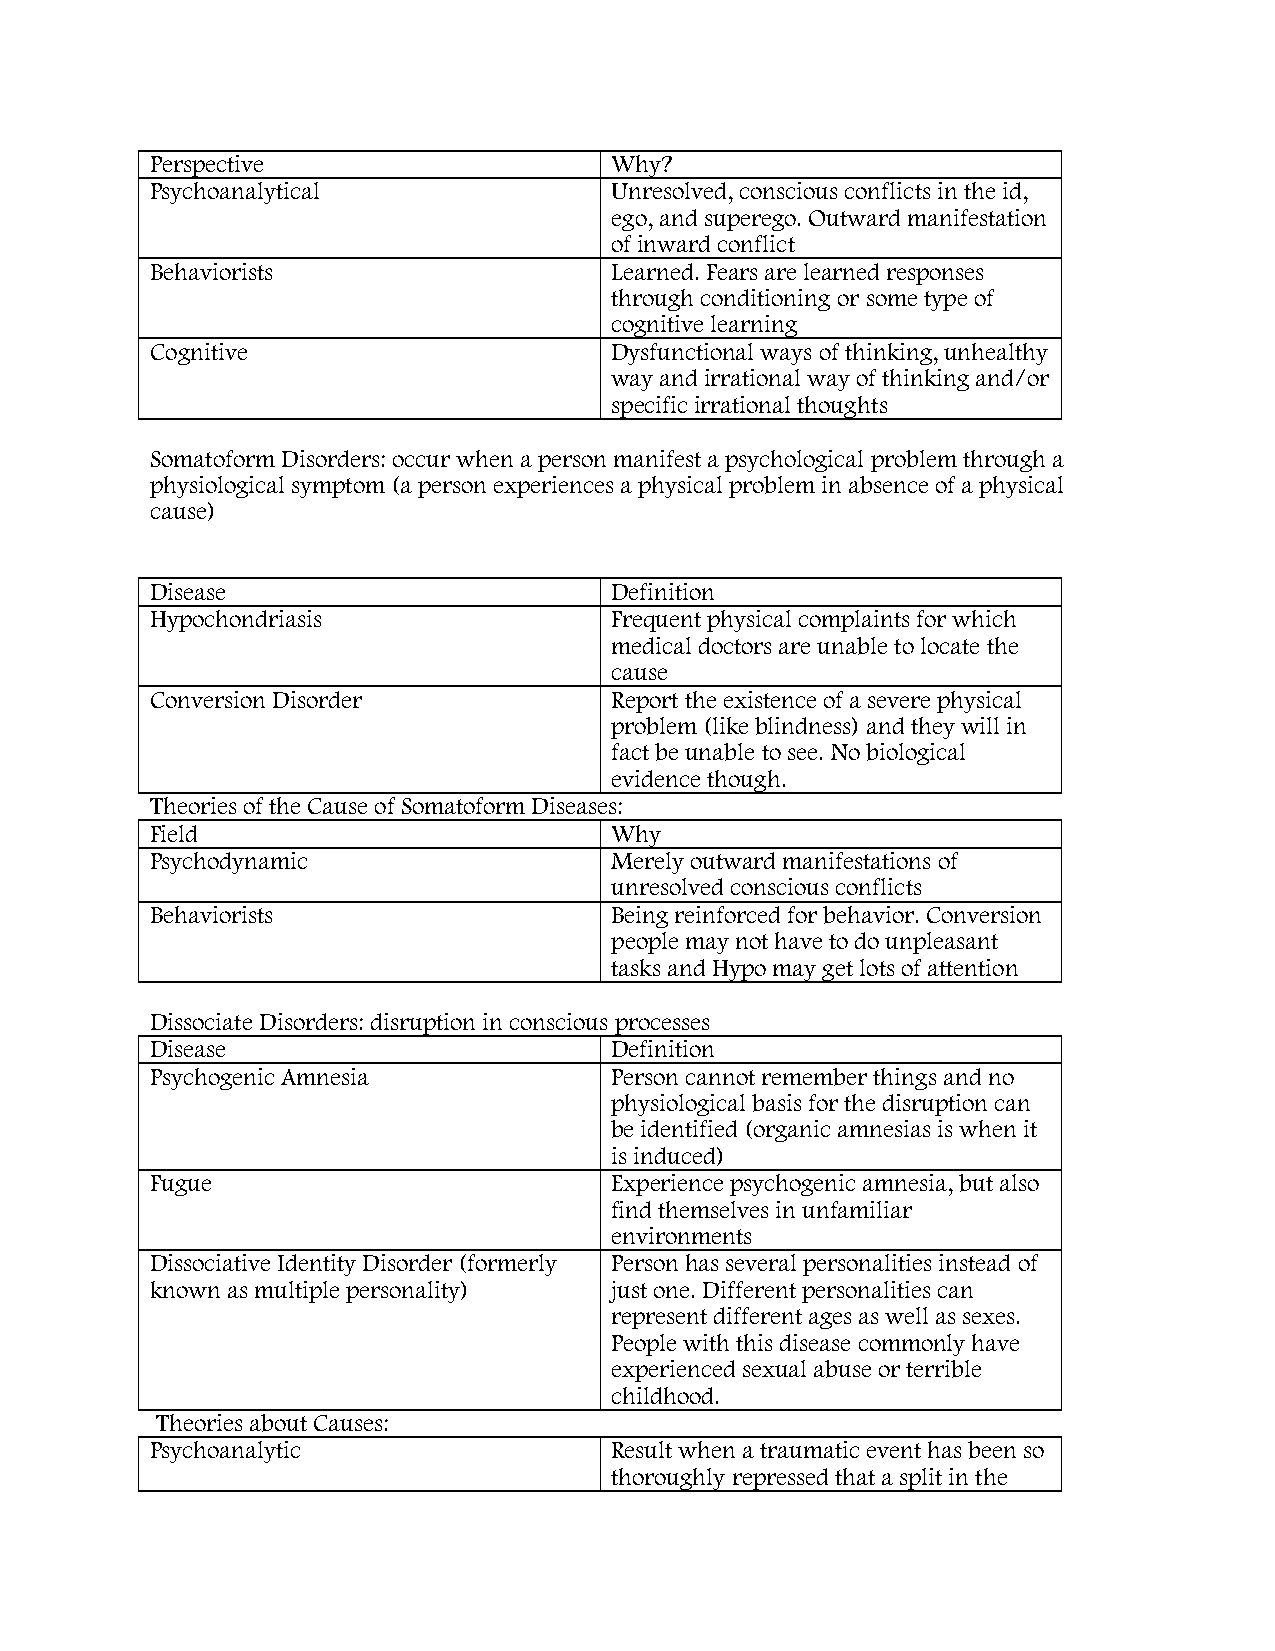
Perspective                   Why?
 Psychoanalytical              Unresolved, conscious conflicts in the id,
 ego, and superego. Outward manifestation
 of inward conflict
 Behaviorists                  Learned. Fears are learned responses
 through conditioning or some type of
 cognitive learning
 Cognitive                     Dysfunctional ways of thinking, unhealthy
 way and irrational way of thinking and/or
 specific irrational thoughts
 Somatoform Disorders: occur when a person manifest a psychological problem through a
 physiological symptom (a person experiences a physical problem in absence of a physical
 cause)
 Disease                       Definition
 Hypochondriasis               Frequent physical complaints for which
 medical doctors are unable to locate the
 cause
 Conversion Disorder           Report the existence of a severe physical
 problem (like blindness) and they will in
 fact be unable to see. No biological
 evidence though.
 Theories of the Cause of Somatoform Diseases:
 Field                         Why
 Psychodynamic                 Merely outward manifestations of
 unresolved conscious conflicts
 Behaviorists                  Being reinforced for behavior. Conversion
 people may not have to do unpleasant
 tasks and Hypo may get lots of attention
 Dissociate Disorders: disruption in conscious processes
 Disease                       Definition
 Psychogenic Amnesia           Person cannot remember things and no
 physiological basis for the disruption can
 be identified (organic amnesias is when it
 is induced)
 Fugue                         Experience psychogenic amnesia, but also
 find themselves in unfamiliar
 environments
 Dissociative Identity Disorder (formerly Person has several personalities instead of
 known as multiple personality) just one. Different personalities can
 represent different ages as well as sexes.
 People with this disease commonly have
 experienced sexual abuse or terrible
 childhood.
 Theories about Causes:
 Psychoanalytic                Result when a traumatic event has been so
 thoroughly repressed that a split in the